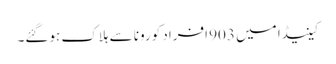
کینیڈا میں 903 افراد کورونا سے ہلاک ہوگئے۔